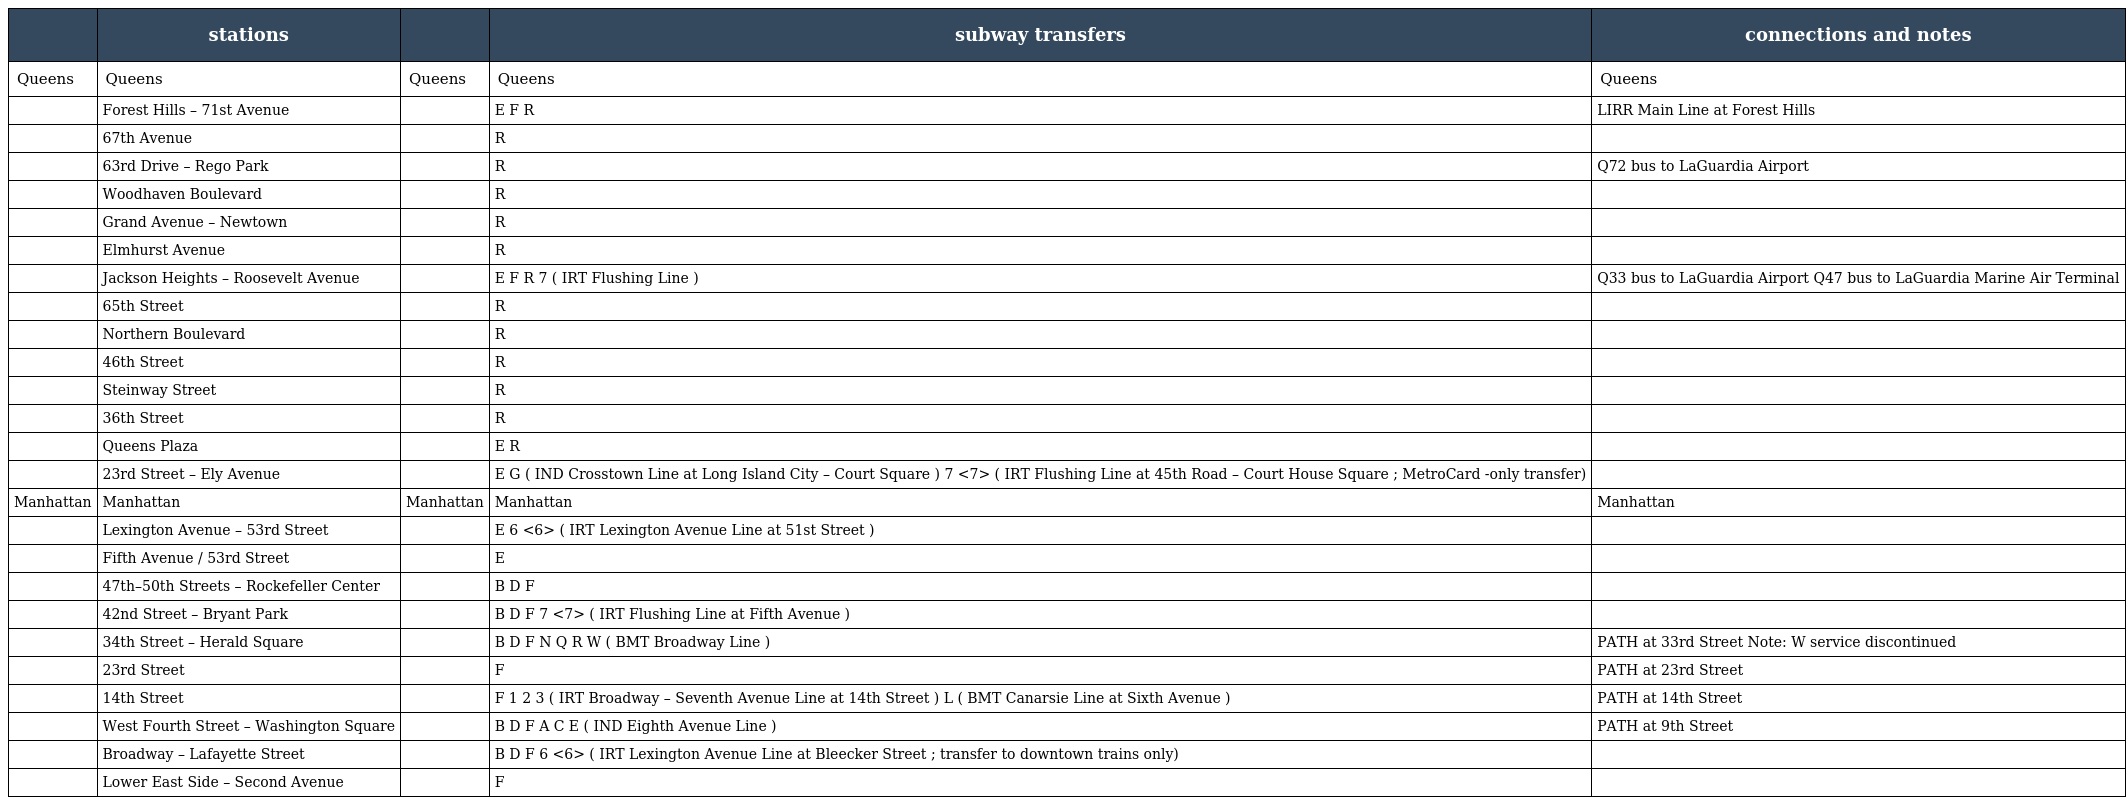
|  | stations |  | subway transfers | connections and notes |
 | --- | --- | --- | --- | --- |
 | Queens | Queens | Queens | Queens | Queens |
 |  | Forest Hills – 71st Avenue |  | E F R | LIRR Main Line at Forest Hills |
 |  | 67th Avenue |  | R |  |
 |  | 63rd Drive – Rego Park |  | R | Q72 bus to LaGuardia Airport |
 |  | Woodhaven Boulevard |  | R |  |
 |  | Grand Avenue – Newtown |  | R |  |
 |  | Elmhurst Avenue |  | R |  |
 |  | Jackson Heights – Roosevelt Avenue |  | E F R 7 ( IRT Flushing Line ) | Q33 bus to LaGuardia Airport Q47 bus to LaGuardia Marine Air Terminal |
 |  | 65th Street |  | R |  |
 |  | Northern Boulevard |  | R |  |
 |  | 46th Street |  | R |  |
 |  | Steinway Street |  | R |  |
 |  | 36th Street |  | R |  |
 |  | Queens Plaza |  | E R |  |
 |  | 23rd Street – Ely Avenue |  | E G ( IND Crosstown Line at Long Island City – Court Square ) 7 <7> ( IRT Flushing Line at 45th Road – Court House Square ; MetroCard -only transfer) |  |
 | Manhattan | Manhattan | Manhattan | Manhattan | Manhattan |
 |  | Lexington Avenue – 53rd Street |  | E 6 <6> ( IRT Lexington Avenue Line at 51st Street ) |  |
 |  | Fifth Avenue / 53rd Street |  | E |  |
 |  | 47th–50th Streets – Rockefeller Center |  | B D F |  |
 |  | 42nd Street – Bryant Park |  | B D F 7 <7> ( IRT Flushing Line at Fifth Avenue ) |  |
 |  | 34th Street – Herald Square |  | B D F N Q R W ( BMT Broadway Line ) | PATH at 33rd Street Note: W service discontinued |
 |  | 23rd Street |  | F | PATH at 23rd Street |
 |  | 14th Street |  | F 1 2 3 ( IRT Broadway – Seventh Avenue Line at 14th Street ) L ( BMT Canarsie Line at Sixth Avenue ) | PATH at 14th Street |
 |  | West Fourth Street – Washington Square |  | B D F A C E ( IND Eighth Avenue Line ) | PATH at 9th Street |
 |  | Broadway – Lafayette Street |  | B D F 6 <6> ( IRT Lexington Avenue Line at Bleecker Street ; transfer to downtown trains only) |  |
 |  | Lower East Side – Second Avenue |  | F |  |